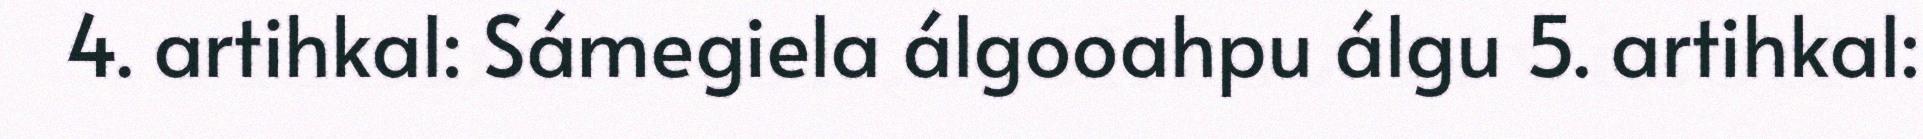
4. artihkal: Sámegiela álgooahpu álgu 5. artihkal: